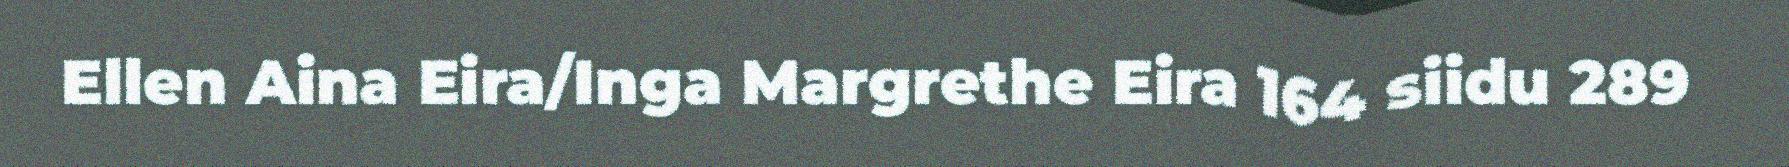
Ellen Aina Eira/Inga Margrethe Eira 164 siidu 289